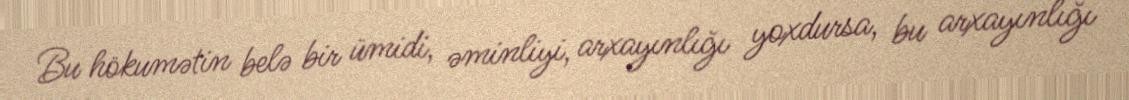
Bu hökumətin belə bir ümidi, əminliyi, arxayınlığı yoxdursa, bu arxayınlığı